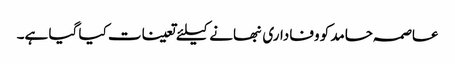
عاصمہ حامد کو وفاداری نبھانے کیلئے تعینات کیا گیا ہے۔